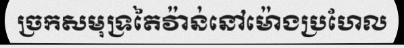
ច្រកសមុទ្រតៃវ៉ាន់នៅម៉ោងប្រហែល